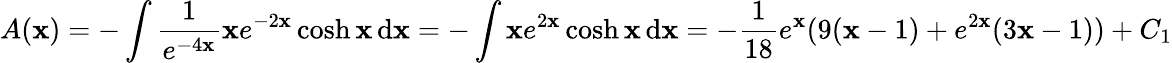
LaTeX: A(\mathbf{x})=-\int{\frac{{1}}{{e^{-4\mathbf{x}}}}}\mathbf{x}e^{-2\mathbf{x}}\cosh\mathbf{x}\, \mathrm{{d}}\mathbf{x}=-\int\mathbf{x}e^{2\mathbf{x}}\cosh\mathbf{x}\, \mathrm{{d}}\mathbf{x}=-{\frac{{1}}{{18}}}e^{\mathbf{x}}(9(\mathbf{x}-1)+e^{2\mathbf{x}}(3\mathbf{x}-1))+C_{1}